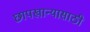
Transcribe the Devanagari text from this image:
छापखान्यासाठी